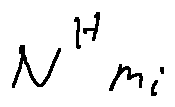
N ^ { H } m i